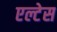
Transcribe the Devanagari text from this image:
एल्टेस